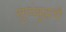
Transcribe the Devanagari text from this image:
सुप्पबुद्धाची